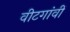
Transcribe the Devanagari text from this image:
वीटगांवीं